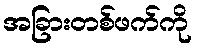
အခြားတစ်ဖက်ကို